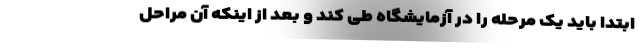
ابتدا باید یک مرحله را در آزمایشگاه طی کند و بعد از اینکه آن مراحل